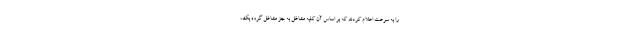
را به سرعت اعلام کردند که بر اساس آن کلیه مشاغل به جز مشاغل گروه یک،